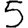
Digit: 5